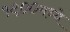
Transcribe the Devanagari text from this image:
१९००मध्ये